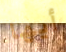
أيها